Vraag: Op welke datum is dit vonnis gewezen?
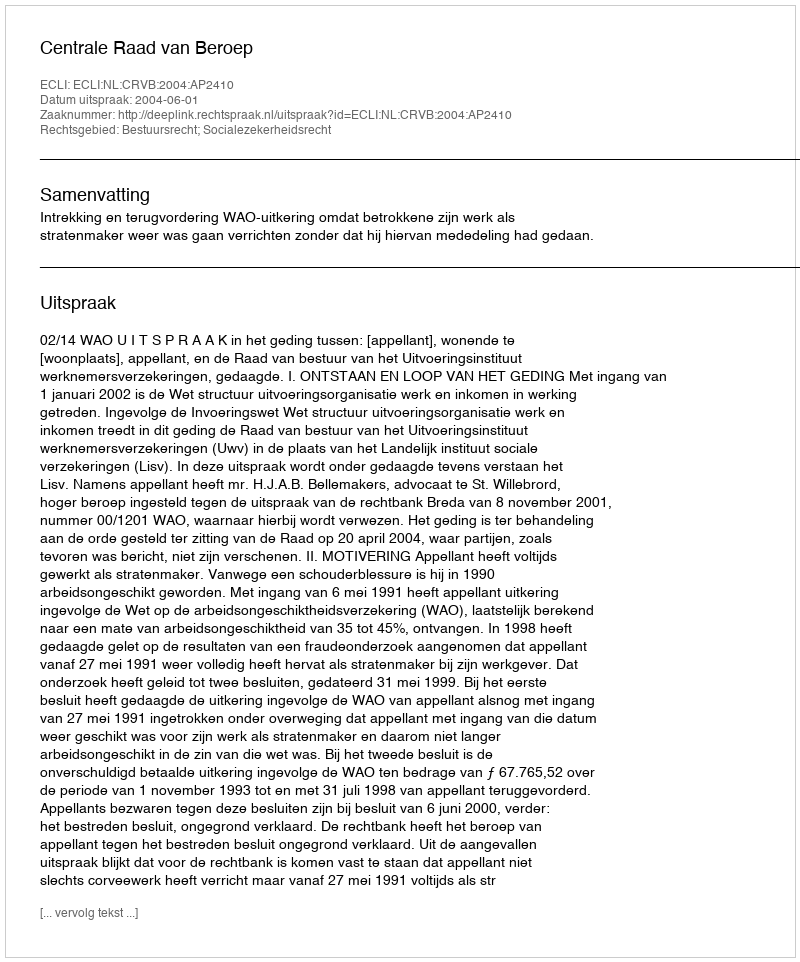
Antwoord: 2004-06-01